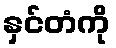
နှင်တံကို